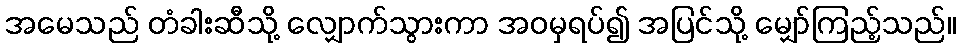
အမေသည် တံခါးဆီသို့ လျှောက်သွားကာ အဝမှရပ်၍ အပြင်သို့ မျှော်ကြည့်သည်။